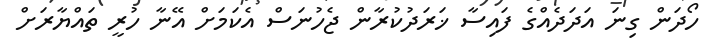
ހޯދަން ގިނަ އަދަދެއްގެ ފައިސާ ޚަރަދުކުރާން ޖެހުނަސް އެކަމަށް އޭނާ ހުރީ ތައްޔާރަށް